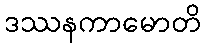
ဒဿနကာမောတိ